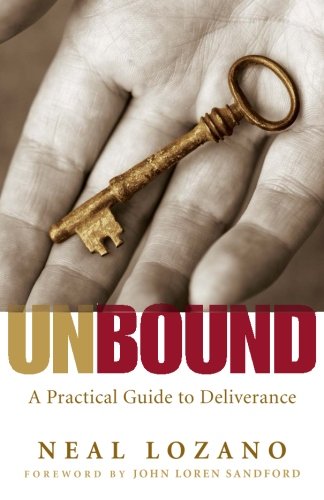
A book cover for Unbound: A Practical Guide to Deliverance; Neal Lozano; Christian Books & Bibles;